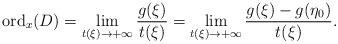
LaTeX: \begin{align*}\mathrm{ord}_x(D)=\lim_{t(\xi)\rightarrow+\infty}\frac{g(\xi)}{t(\xi)}=\lim_{t(\xi)\rightarrow+\infty}\frac{g(\xi)-g(\eta_0)}{t(\xi)}.\end{align*}